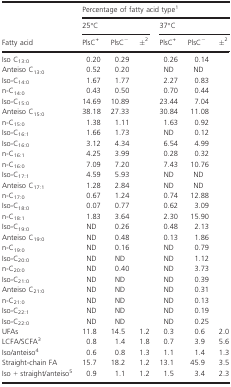
<table><thead><tr><td rowspan="3"><b>Fatty acid</b></td><td colspan="6"><b>Percentage of fatty acid type1</b></td></tr><tr><td colspan="3"><b>25°C</b></td><td colspan="3"><b>37°C</b></td></tr><tr><td><b>PlsC<sup>+</sup></b></td><td><b>PlsC<sup>−</sup></b></td><td><b>±2</b></td><td><b>PlsC<sup>+</sup></b></td><td><b>PlsC<sup>−</sup></b></td><td><b>±2</b></td></tr></thead><tbody><tr><td>Iso C<sub>13:0</sub></td><td>0.20</td><td>0.29</td><td></td><td>0.26</td><td>0.14</td><td></td></tr><tr><td>Anteiso C<sub>13:0</sub></td><td>0.52</td><td>0.20</td><td></td><td>ND</td><td>ND</td><td></td></tr><tr><td>Iso-C<sub>14:0</sub></td><td>1.67</td><td>1.77</td><td></td><td>2.27</td><td>0.83</td><td></td></tr><tr><td>n-C<sub>14:0</sub></td><td>0.43</td><td>0.50</td><td></td><td>0.70</td><td>0.44</td><td></td></tr><tr><td>Iso-C<sub>15:0</sub></td><td>14.69</td><td>10.89</td><td></td><td>23.44</td><td>7.04</td><td></td></tr><tr><td>Anteiso C<sub>15:0</sub></td><td>38.18</td><td>27.33</td><td></td><td>30.84</td><td>11.08</td><td></td></tr><tr><td>n-C<sub>15:0</sub></td><td>1.38</td><td>1.11</td><td></td><td>1.63</td><td>0.92</td><td></td></tr><tr><td>Iso-C<sub>16:1</sub></td><td>1.66</td><td>1.73</td><td></td><td>ND</td><td>0.12</td><td></td></tr><tr><td>Iso-C<sub>16:0</sub></td><td>3.12</td><td>4.34</td><td></td><td>6.54</td><td>4.99</td><td></td></tr><tr><td>n-C<sub>16:1</sub></td><td>4.25</td><td>3.99</td><td></td><td>0.28</td><td>0.32</td><td></td></tr><tr><td>n-C<sub>16:0</sub></td><td>7.09</td><td>7.20</td><td></td><td>7.43</td><td>10.76</td><td></td></tr><tr><td>Iso-C<sub>17:1</sub></td><td>4.59</td><td>5.93</td><td></td><td>ND</td><td>ND</td><td></td></tr><tr><td>Anteiso C<sub>17:1</sub></td><td>1.28</td><td>2.84</td><td></td><td>ND</td><td>ND</td><td></td></tr><tr><td>n-C<sub>17:0</sub></td><td>0.67</td><td>1.24</td><td></td><td>0.74</td><td>12.88</td><td></td></tr><tr><td>Iso-C<sub>18:0</sub></td><td>0.07</td><td>0.77</td><td></td><td>0.62</td><td>3.09</td><td></td></tr><tr><td>n-C<sub>18:1</sub></td><td>1.83</td><td>3.64</td><td></td><td>2.30</td><td>15.90</td><td></td></tr><tr><td>Iso-C<sub>19:0</sub></td><td>ND</td><td>0.26</td><td></td><td>0.48</td><td>2.13</td><td></td></tr><tr><td>Anteiso C<sub>19:0</sub></td><td>ND</td><td>0.48</td><td></td><td>0.13</td><td>1.86</td><td></td></tr><tr><td>n-C<sub>19:0</sub></td><td>ND</td><td>0.16</td><td></td><td>ND</td><td>0.79</td><td></td></tr><tr><td>Iso-C<sub>20:0</sub></td><td>ND</td><td>ND</td><td></td><td>ND</td><td>1.12</td><td></td></tr><tr><td>n-C<sub>20:0</sub></td><td>ND</td><td>0.40</td><td></td><td>ND</td><td>3.73</td><td></td></tr><tr><td>Iso-C<sub>21:0</sub></td><td>ND</td><td>ND</td><td></td><td>ND</td><td>0.39</td><td></td></tr><tr><td>Anteiso C<sub>21:0</sub></td><td>ND</td><td>ND</td><td></td><td>ND</td><td>0.31</td><td></td></tr><tr><td>n-C<sub>21:0</sub></td><td>ND</td><td>ND</td><td></td><td>ND</td><td>0.13</td><td></td></tr><tr><td>Iso-C<sub>22:1</sub></td><td>ND</td><td>ND</td><td></td><td>ND</td><td>0.19</td><td></td></tr><tr><td>Iso-C<sub>22:0</sub></td><td>ND</td><td>ND</td><td></td><td>ND</td><td>0.25</td><td></td></tr><tr><td>UFAs</td><td>11.8</td><td>14.5</td><td>1.2</td><td>0.3</td><td>0.6</td><td>2.0</td></tr><tr><td>LCFA/SCFA3</td><td>0.8</td><td>1.4</td><td>1.8</td><td>0.7</td><td>3.9</td><td>5.6</td></tr><tr><td>Iso/anteiso4</td><td>0.6</td><td>0.8</td><td>1.3</td><td>1.1</td><td>1.4</td><td>1.3</td></tr><tr><td>Straight-chain FA</td><td>15.7</td><td>18.2</td><td>1.2</td><td>13.1</td><td>45.9</td><td>3.5</td></tr><tr><td>Iso + straight/anteiso5</td><td>0.9</td><td>1.1</td><td>1.2</td><td>1.5</td><td>3.4</td><td>2.3</td></tr></tbody></table>